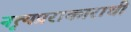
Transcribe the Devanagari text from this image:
नृत्यप्रराकाराची